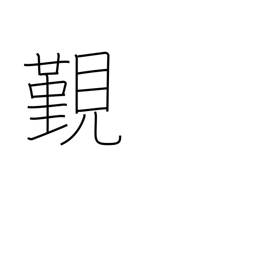
Meaning: have an audience with